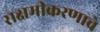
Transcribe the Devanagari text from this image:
सक्षमीकरणाचे